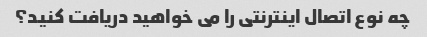
چه نوع اتصال اینترنتی را می خواهید دریافت کنید؟